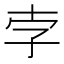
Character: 孛